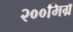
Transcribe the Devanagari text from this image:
२००मिग्रॅ